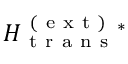
H _ { \mathrm { ~ t ~ r ~ a ~ n ~ s ~ } } ^ { \mathrm { ~ ( ~ e ~ x ~ t ~ ) ~ } } { } ^ { * }